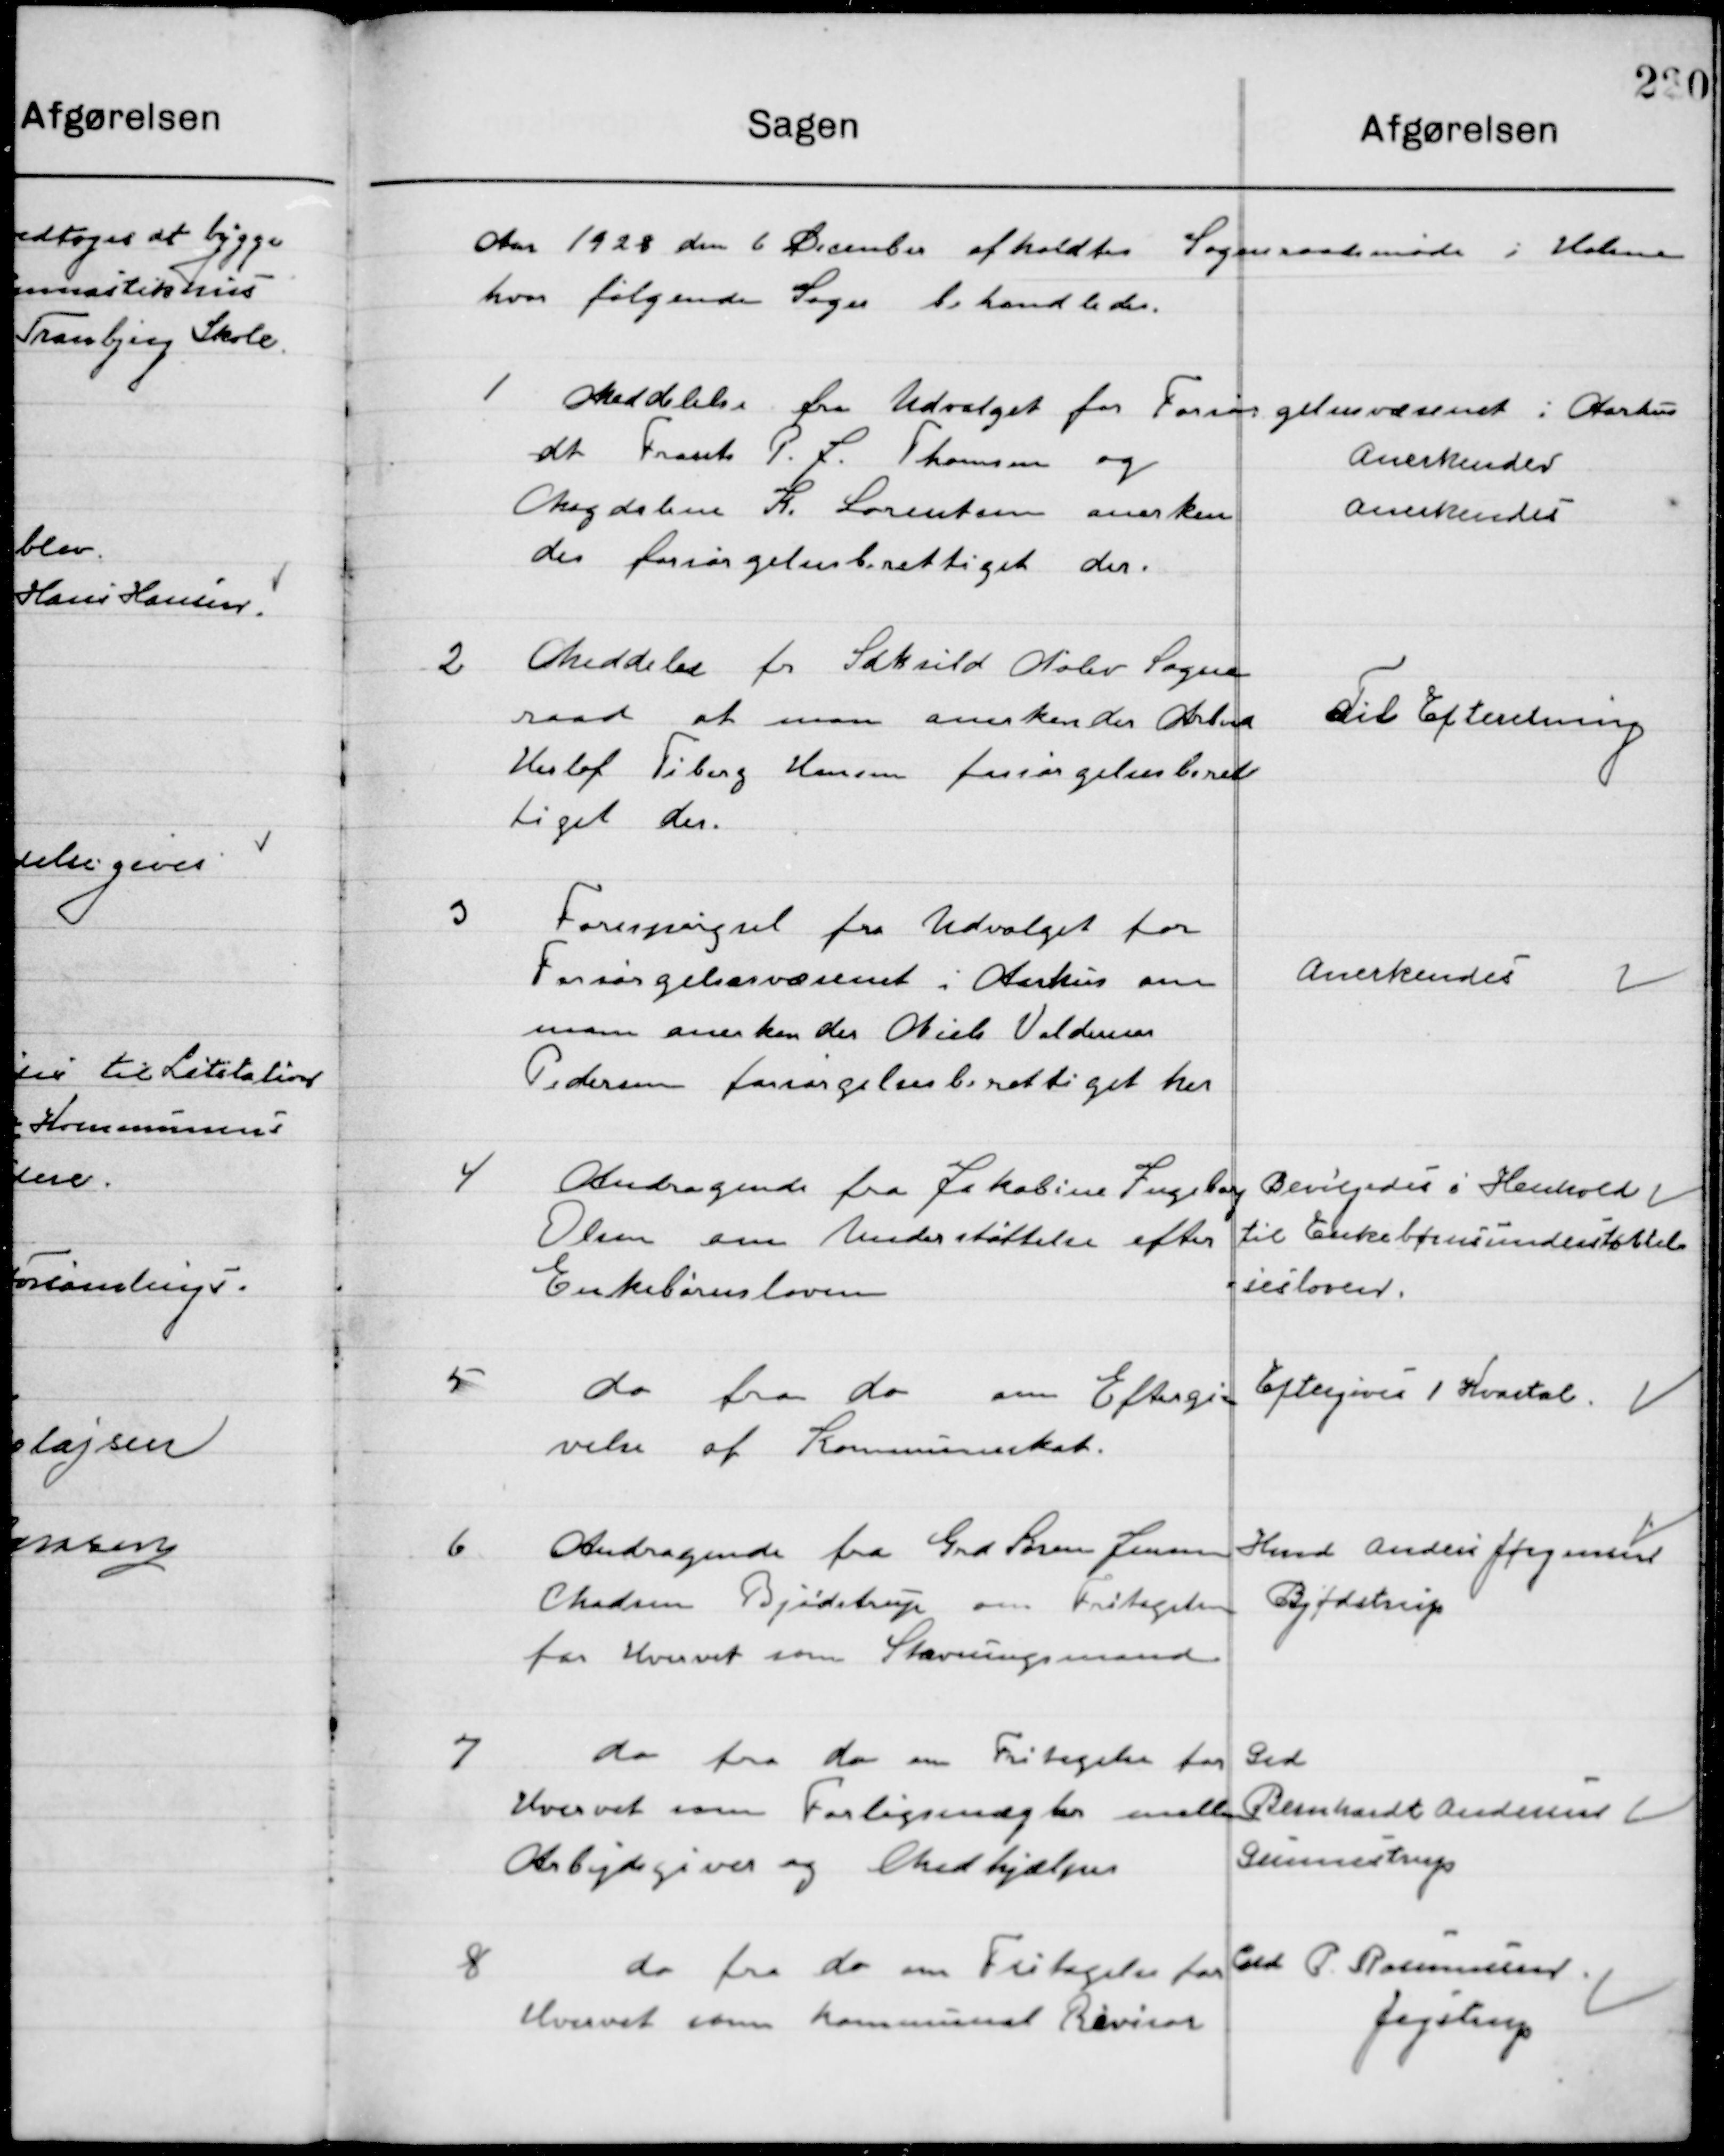
Transskription:
Aaret 1928 den 6 December afholdt Sogneraadsmøde i Holme
hvor følgende Sager behandledes.

1

Meddelelse fra Udvalget for Forsørgelsesvæsenet i Aarhus
at Frants P. J. Thomsen og 
Magdalene K. Lorentsen Anerken-
des forsørgelsesberettiget der.

Anerkendes
Anerkendes

2

Meddelelse fra Saksild Nølev Sogne-
raad at man Anerkender Arbmd.
Herlof Tiborg Hansen forsørgelsesberet-
tiget der.

Til Efterretning

3

Forespørgsel fra Udvalget for
Forsørgelsesvæsenet i Aarhus om
om man Anerkender Niels Voldum
Pedersen forsørgelsesberettiget her.

Anerkendes

4

Andragende fra Jakobine Ingeborg
Olsen om Understøttelse efter
Enkebørnsloven.

Bevilgedes i Henhold
Til Enkebørnsunderstøttel-
sesloven

5

do fra do om Eftergi-
velse af Kommuneskat,

Eftergives 1. Kvartal

6

Andragende fra Grd. Søren Jensen
Madsen Bjødstrup om Fritagelse 
fra Hvervet som Stævningsmand.

Hmd. Anders Jørgensen
Bjødstrup

7

do fra do om Fritagelse fra 
Hvervet som Forligsmægler mellem
Arbejdsgiver og Medhjælper

Grd.
Richard Andersen
Gunnestrup

8

do fra do om Fritagelse fra 
Hvervet som Kommunal Revisor

Grd. P. Rasmussen
Jegstrup